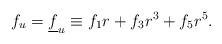
LaTeX: \begin{align*}f_u = \underline{f}_u \equiv f_1 r + f_3 r^3 + f_5 r^5.\end{align*}